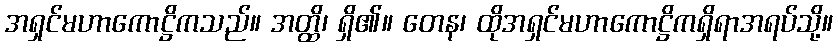
အရှင်မဟာကောဋ္ဌိကသည်။ အတ္ထိ၊ ရှိ၏။ တေန၊ ထိုအရှင်မဟာကောဋ္ဌိကရှိရာအရပ်သို့။